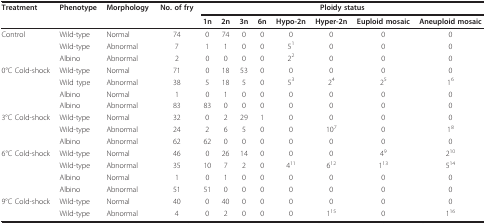
| Treatment | Phenotype | Morphology | No. of fry | <COLSPAN=8> Ploidy status |
 |  |  |  |  | 1n | 2n | 3n | 6n | Hypo-2n | Hyper-2n | Euploid mosaic | Aneuploid mosaic |
 | --- | --- | --- | --- | --- | --- | --- | --- | --- | --- | --- | --- |
 | Control | Wild-type | Normal | 74 | 0 | 74 | 0 | 0 | 0 | 0 | 0 | 0 |
 |  | Wild-type | Abnormal | 7 | 1 | 1 | 0 | 0 | 51 | 0 | 0 | 0 |
 |  | Albino | Abnormal | 2 | 0 | 0 | 0 | 0 | 22 | 0 | 0 | 0 |
 | 0°C Cold-shock | Wild-type | Normal | 71 | 0 | 18 | 53 | 0 | 0 | 0 | 0 | 0 |
 |  | Wild type | Abnormal | 38 | 5 | 18 | 5 | 0 | 53 | 24 | 25 | 16 |
 |  | Albino | Normal | 1 | 0 | 1 | 0 | 0 | 0 | 0 | 0 | 0 |
 |  | Albino | Abnormal | 83 | 83 | 0 | 0 | 0 | 0 | 0 | 0 | 0 |
 | 3°C Cold-shock | Wild-type | Normal | 32 | 0 | 2 | 29 | 1 | 0 | 0 | 0 | 0 |
 |  | Wild-type | Abnormal | 24 | 2 | 6 | 5 | 0 | 0 | 107 | 0 | 18 |
 |  | Albino | Abnormal | 62 | 62 | 0 | 0 | 0 | 0 | 0 | 0 | 0 |
 | 6°C Cold-shock | Wild-type | Normal | 46 | 0 | 26 | 14 | 0 | 0 | 0 | 49 | 210 |
 |  | Wild-type | Abnormal | 35 | 10 | 7 | 2 | 0 | 411 | 612 | 113 | 514 |
 |  | Albino | Normal | 1 | 0 | 1 | 0 | 0 | 0 | 0 | 0 | 0 |
 |  | Albino | Abnormal | 51 | 51 | 0 | 0 | 0 | 0 | 0 | 0 | 0 |
 | 9°C Cold-shock | Wild-type | Normal | 40 | 0 | 40 | 0 | 0 | 0 | 0 | 0 | 0 |
 |  | Wild-type | Abnormal | 4 | 0 | 2 | 0 | 0 | 0 | 115 | 0 | 116 |